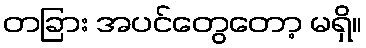
တခြား အပင်တွေတော့ မရှိ။